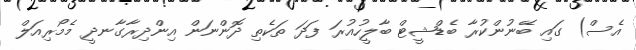
އެސް) ގައި ބޭނުންކުރާ ބެޑްޝީޓް ބާލީހުއުރަ ފަދަ ތަކެތި ދޮންނަން އިންދިރާގާނދީ މެމޯރިއަލް